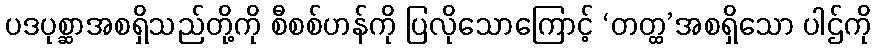
ပဒပုစ္ဆာအစရှိသည်တို့ကို စီစစ်ဟန်ကို ပြလိုသောကြောင့် ‘တတ္ထ’အစရှိသော ပါဌ်ကို